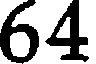
64